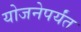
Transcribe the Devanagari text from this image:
योजनेपर्यंत